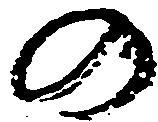
の